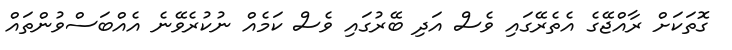
ގޮތަކަށް ރާއްޖޭގެ އެތެރޭގައި ވެސް އަދި ބޭރުގައި ވެސް ކަމެއް ނުކުރެވޭނެ އެއްބަސްވުންތައް